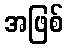
အဖြစ်